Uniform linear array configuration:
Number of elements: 48
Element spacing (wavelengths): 0.75
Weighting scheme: kaiser
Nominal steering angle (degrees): -15
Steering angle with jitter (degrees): -15.404
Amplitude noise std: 0.05
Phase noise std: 0.05

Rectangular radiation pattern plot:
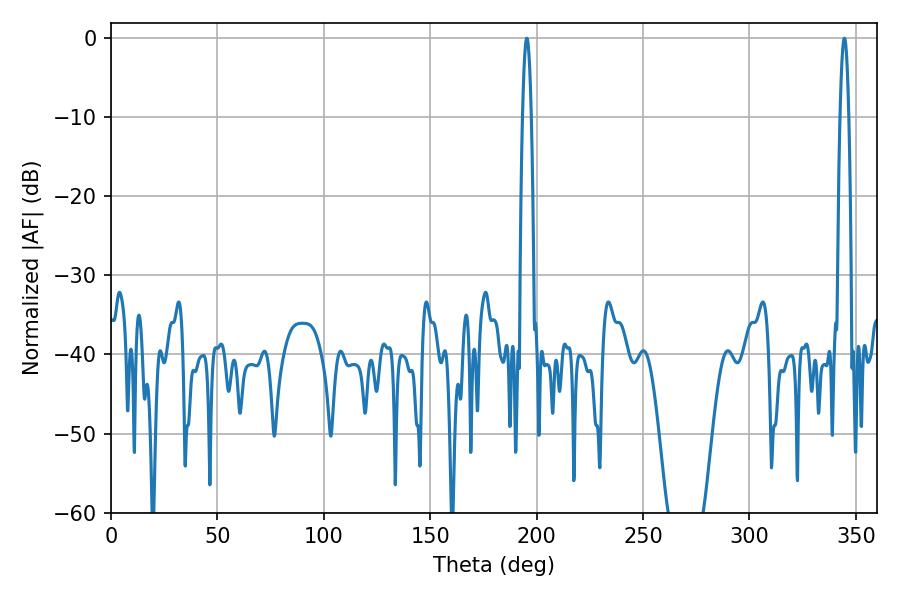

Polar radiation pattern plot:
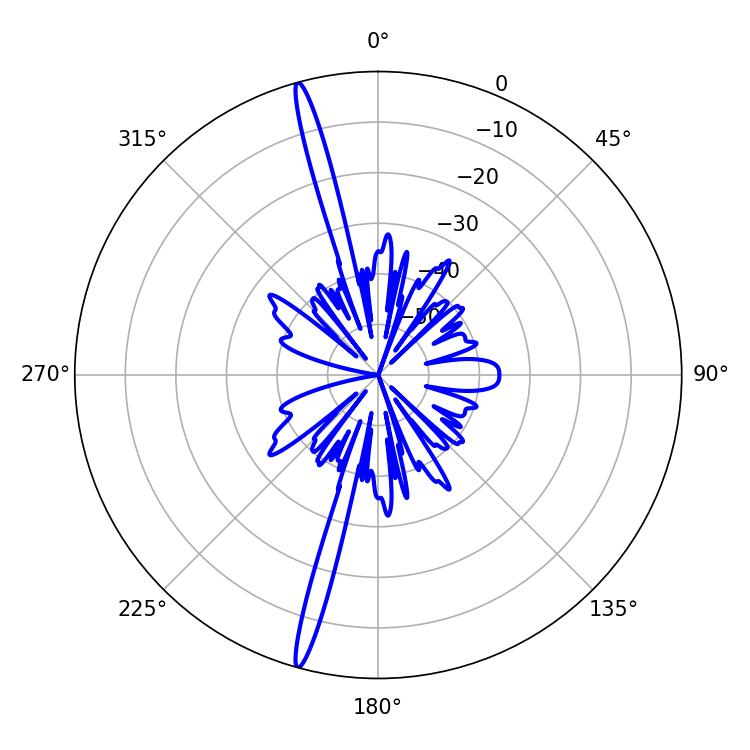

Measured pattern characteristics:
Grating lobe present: TRUE
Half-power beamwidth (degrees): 2.34
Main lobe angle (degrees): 195.48